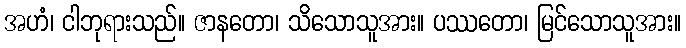
အဟံ၊ ငါဘုရားသည်။ ဇာနတော၊ သိသောသူအား။ ပဿတော၊ မြင်သောသူအား။